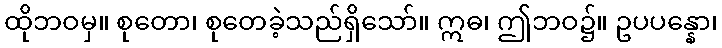
ထိုဘဝမှ။ စုတော၊ စုတေခဲ့သည်ရှိသော်။ ဣဓ၊ ဤဘဝ၌။ ဥပပန္နော၊